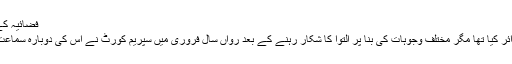
فضائیہ کے سابق سربراہ اصغر خان اپنے وکیل سلمان اکرم راجہ کے ہمراہ
یہ مقدمہ 1996ء میں فضائیہ کے سابق سربراہ اصغر خان نے دائر کیا تھا مگر مختلف وجوہات کی بنا پر التوا کا شکار رہنے کے بعد رواں سال فروری میں سپریم کورٹ نے اس کی دوبارہ سماعت شروع کی جس کے اختتام پر جمعہ کو مختصر فیصلہ سنایا گیا۔